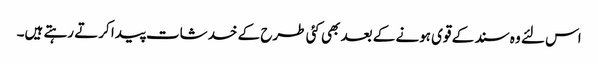
اس لئے وہ سند کے قوی ہونے کے بعد بھی کئی طرح کے خدشات پیدا کرتے رہتے ہیں۔